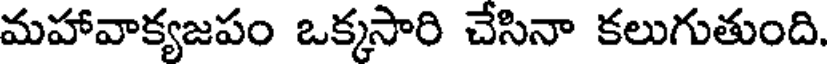
మహావాక్యజపం ఒక్కసారి చేసినా కలుగుతుంది.